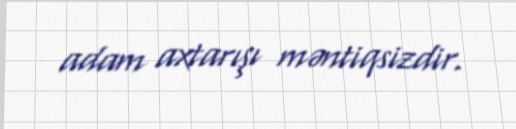
adam axtarışı məntiqsizdir.